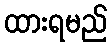
ထားရမည်